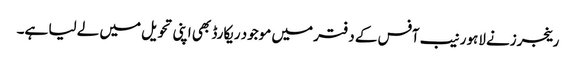
رینجرزنے لاہور نیب آفس کے دفتر میں موجود ریکارڈ بھی اپنی تحویل میں لے لیا ہے۔